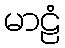
မာဠံ